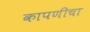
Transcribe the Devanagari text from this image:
कापणीचा